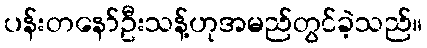
ပန်းတနော်ဦးသန့်ဟုအမည်တွင်ခဲ့သည်။